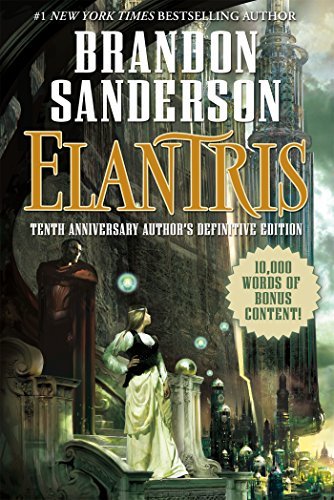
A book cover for Elantris: Tenth Anniversary Author's Definitive Edition; Brandon Sanderson; Science Fiction & Fantasy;